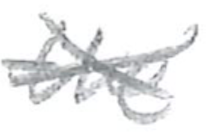
Text: the
Cross-out: cross
Writing tool: pencil